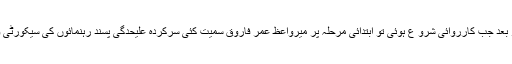
محض دو روز بعد جب کارروائی شرو ع ہوئی تو ابتدائی مرحلہ پر میرواعظ عمر فاروق سمیت کئی سرکردہ علیحدگی پسند رہنمائوں کی سیکورٹی واپس لی گئی ۔